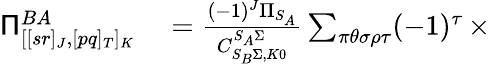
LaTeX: \begin{array}{rl}{\mathsf{\Pi}_{[[sr]_{J},[pq]_{T}]_{K}}^{BA}}&{{}=\frac{(-1)^{J}\Pi_{S_{A}}}{C_{S_{B}\Sigma,K0}^{S_{A}\Sigma}}\sum_{\pi\theta\sigma\rho\tau}(-1)^{\tau}\, \times}\end{array}